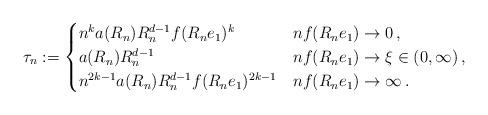
LaTeX: \begin{align*} \tau_n := \begin{cases} n^k a(R_n) R_n^{d-1} f(R_ne_1)^k & nf(R_ne_1) \to 0\,, \\ a(R_n)R_n^{d-1} & nf(R_ne_1) \to \xi \in (0,\infty)\,, \\ n^{2k-1} a(R_n) R_n^{d-1} f(R_ne_1)^{2k-1} & nf(R_ne_1) \to \infty\,.\end{cases}\end{align*}